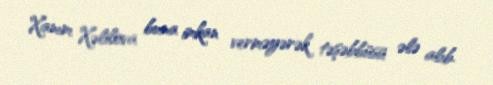
Xanım Xəlilova buna imkan verməyərək təşəbbüsü ələ alıb.